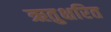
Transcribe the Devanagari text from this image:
ऋतुक्षरित